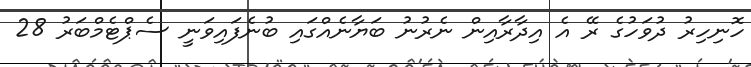
ހޮނިހިރު ދުވަހުގެ ރޭ އެ އިދާރާއިން ނެރުނު ބަޔާނެއްގައި ބުނެފައިވަނީ ސެޕްޓެމްބަރު 28